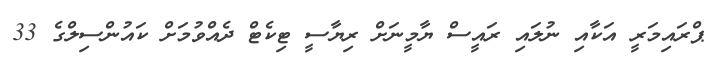
ޕްރައިމަރީ އަކާއި ނުލައި ރައީސް ޔާމީނަށް ރިޔާސީ ޓިކެޓް ދެއްވުމަށް ކައުންސިލްގެ 33